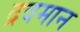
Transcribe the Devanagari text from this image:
द्रवमान